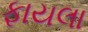
ફાયલા